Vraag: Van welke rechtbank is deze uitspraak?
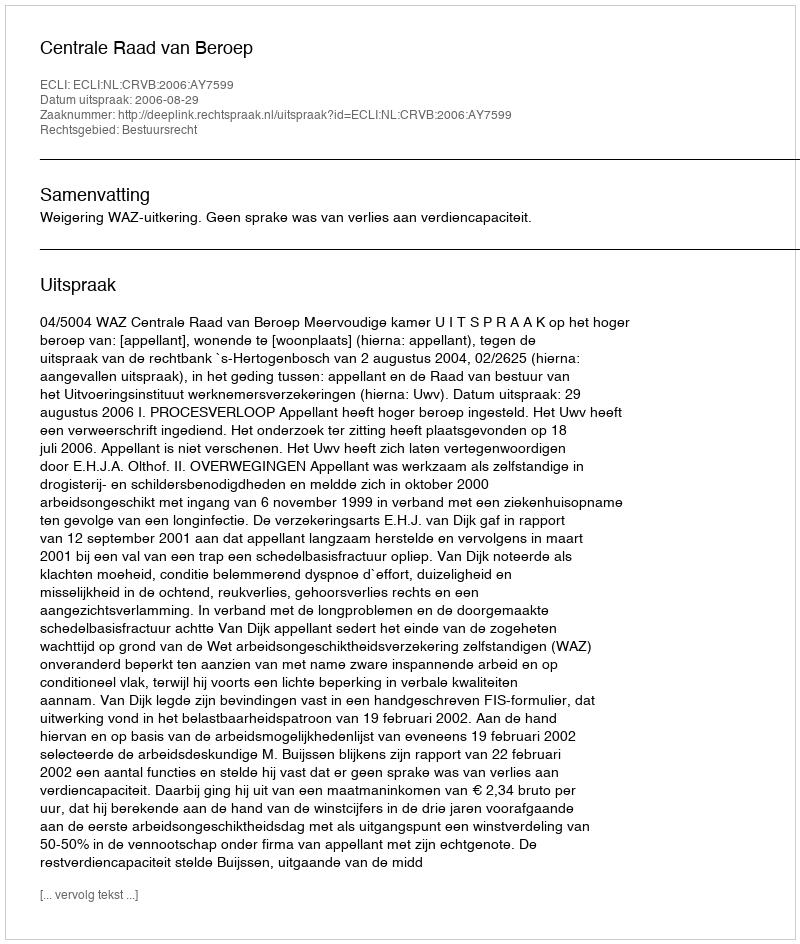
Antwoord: Centrale Raad van Beroep